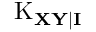
\operatorname { K } _ { \mathbf { X Y \mid I } }